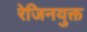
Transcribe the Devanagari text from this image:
रेजिनयुक्त